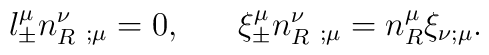
l_{\pm}^{\mu} n_R^\nu\;_{;\mu}  =  0,\;\;\;\;\;\;\xi_{\pm}^{\mu} n_R^\nu\;_{;\mu}  =   n_R^\mu \xi_{\nu ;\mu}.